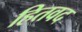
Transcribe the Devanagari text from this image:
हितवद